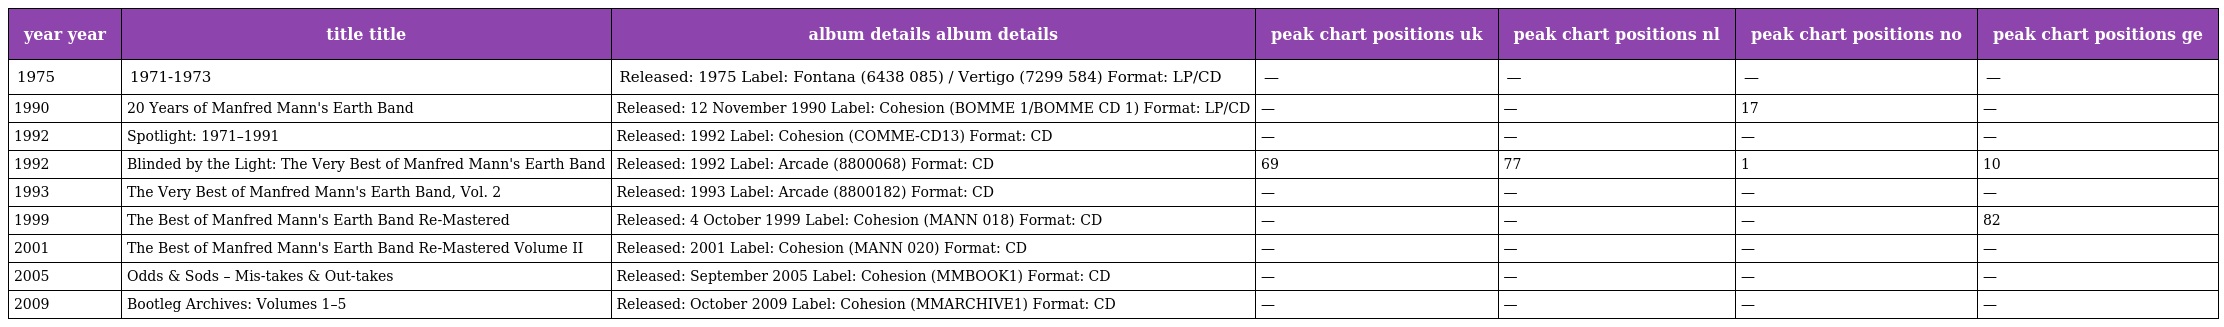
| year year | title title | album details album details | peak chart positions uk | peak chart positions nl | peak chart positions no | peak chart positions ge |
 | --- | --- | --- | --- | --- | --- | --- |
 | 1975 | 1971-1973 | Released: 1975 Label: Fontana (6438 085) / Vertigo (7299 584) Format: LP/CD | — | — | — | — |
 | 1990 | 20 Years of Manfred Mann's Earth Band | Released: 12 November 1990 Label: Cohesion (BOMME 1/BOMME CD 1) Format: LP/CD | — | — | 17 | — |
 | 1992 | Spotlight: 1971–1991 | Released: 1992 Label: Cohesion (COMME-CD13) Format: CD | — | — | — | — |
 | 1992 | Blinded by the Light: The Very Best of Manfred Mann's Earth Band | Released: 1992 Label: Arcade (8800068) Format: CD | 69 | 77 | 1 | 10 |
 | 1993 | The Very Best of Manfred Mann's Earth Band, Vol. 2 | Released: 1993 Label: Arcade (8800182) Format: CD | — | — | — | — |
 | 1999 | The Best of Manfred Mann's Earth Band Re-Mastered | Released: 4 October 1999 Label: Cohesion (MANN 018) Format: CD | — | — | — | 82 |
 | 2001 | The Best of Manfred Mann's Earth Band Re-Mastered Volume II | Released: 2001 Label: Cohesion (MANN 020) Format: CD | — | — | — | — |
 | 2005 | Odds & Sods – Mis-takes & Out-takes | Released: September 2005 Label: Cohesion (MMBOOK1) Format: CD | — | — | — | — |
 | 2009 | Bootleg Archives: Volumes 1–5 | Released: October 2009 Label: Cohesion (MMARCHIVE1) Format: CD | — | — | — | — |